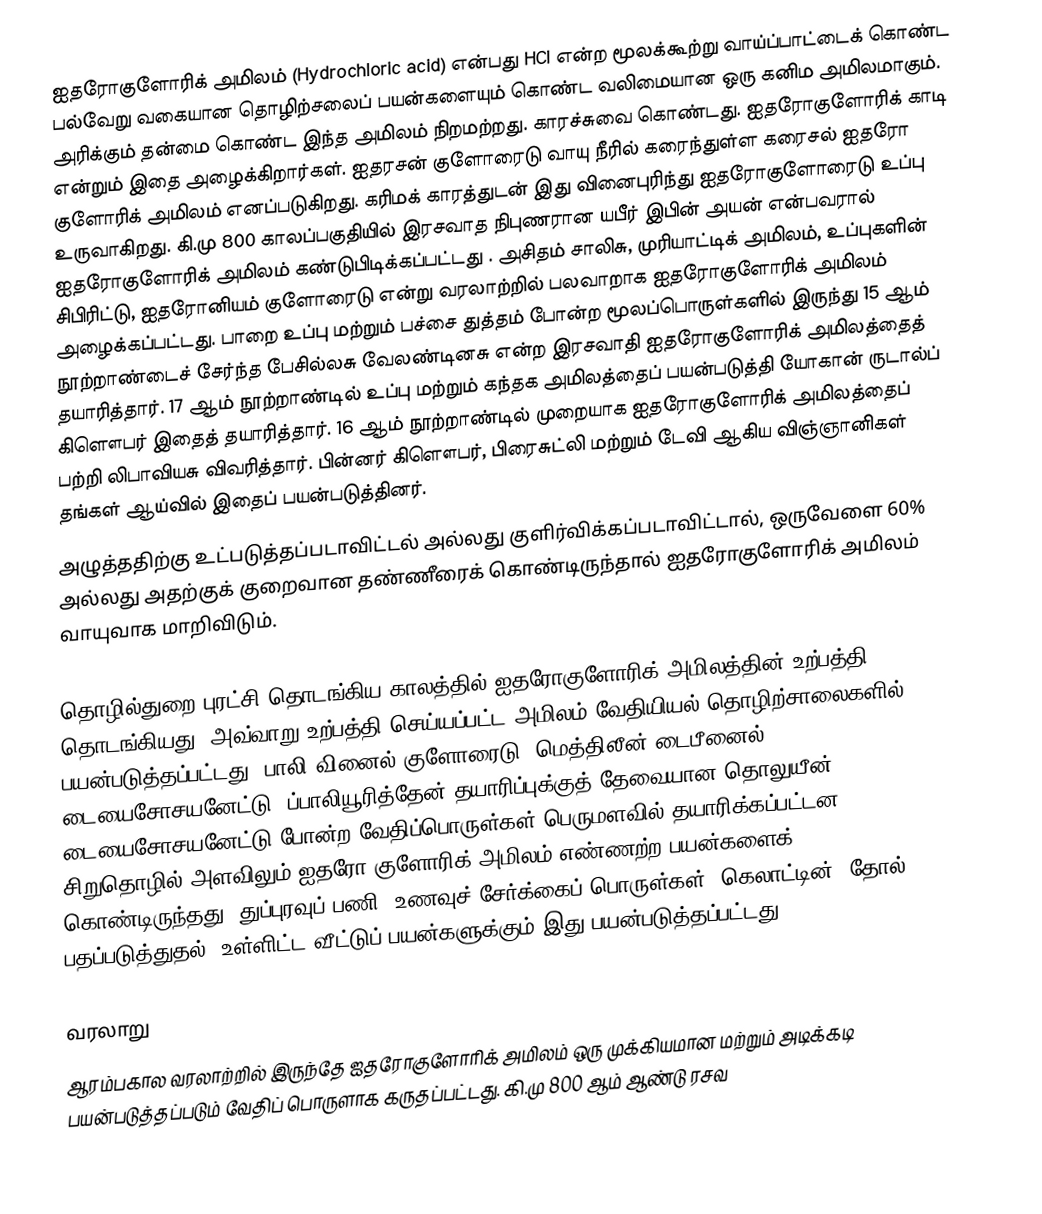
ஐதரோகுளோரிக் அமிலம் (Hydrochloric acid) என்பது HCl என்ற மூலக்கூற்று வாய்ப்பாட்டைக் கொண்ட பல்வேறு வகையான தொழிற்சலைப் பயன்களையும் கொண்ட வலிமையான ஒரு  கனிம அமிலமாகும். அரிக்கும் தன்மை கொண்ட இந்த அமிலம் நிறமற்றது. காரச்சுவை கொண்டது. ஐதரோகுளோரிக் காடி என்றும் இதை அழைக்கிறார்கள். ஐதரசன் குளோரைடு வாயு நீரில் கரைந்துள்ள கரைசல் ஐதரோ குளோரிக் அமிலம் எனப்படுகிறது. கரிமக் காரத்துடன் இது வினைபுரிந்து ஐதரோகுளோரைடு உப்பு உருவாகிறது. கி.மு 800 காலப்பகுதியில் இரசவாத நிபுணரான யபீர் இபின் அயன் என்பவரால் ஐதரோகுளோரிக் அமிலம் கண்டுபிடிக்கப்பட்டது . அசிதம் சாலிசு, முரியாட்டிக் அமிலம், உப்புகளின் சிபிரிட்டு, ஐதரோனியம் குளோரைடு என்று வரலாற்றில் பலவாறாக ஐதரோகுளோரிக் அமிலம் அழைக்கப்பட்டது. பாறை உப்பு மற்றும் பச்சை துத்தம் போன்ற மூலப்பொருள்களில் இருந்து 15 ஆம் நூற்றாண்டைச் சேர்ந்த பேசில்லசு வேலண்டினசு என்ற இரசவாதி ஐதரோகுளோரிக் அமிலத்தைத் தயாரித்தார். 17 ஆம் நூற்றாண்டில் உப்பு மற்றும் கந்தக அமிலத்தைப் பயன்படுத்தி யோகான் ருடால்ப் கிளௌபர் இதைத் தயாரித்தார். 16 ஆம் நூற்றாண்டில் முறையாக ஐதரோகுளோரிக் அமிலத்தைப் பற்றி லிபாவியசு விவரித்தார். பின்னர் கிளௌபர், பிரைசுட்லி மற்றும் டேவி ஆகிய விஞ்ஞானிகள் தங்கள் ஆய்வில் இதைப் பயன்படுத்தினர்.
அழுத்ததிற்கு உட்படுத்தப்படாவிட்டல்  அல்லது குளிர்விக்கப்படாவிட்டால், ஒருவேளை 60% அல்லது அதற்குக் குறைவான தண்ணீரைக் கொண்டிருந்தால் ஐதரோகுளோரிக் அமிலம் வாயுவாக மாறிவிடும்.

தொழில்துறை புரட்சி  தொடங்கிய காலத்தில் ஐதரோகுளோரிக் அமிலத்தின் உற்பத்தி தொடங்கியது. அவ்வாறு உற்பத்தி செய்யப்பட்ட அமிலம் வேதியியல் தொழிற்சாலைகளில் பயன்படுத்தப்பட்டது. பாலி வினைல் குளோரைடு, மெத்திலீன் டைபீனைல் டையைசோசயனேட்டு, ப்பாலியூரித்தேன் தயாரிப்புக்குத் தேவையான தொலுயீன் டையைசோசயனேட்டு போன்ற வேதிப்பொருள்கள் பெருமளவில் தயாரிக்கப்பட்டன. சிறுதொழில் அளவிலும் ஐதரோ குளோரிக் அமிலம் எண்ணற்ற பயன்களைக் கொண்டிருந்தது. துப்புரவுப் பணி, உணவுச் சேர்க்கைப் பொருள்கள், கெலாட்டின், தோல் பதப்படுத்துதல், உள்ளிட்ட வீட்டுப் பயன்களுக்கும் இது பயன்படுத்தப்பட்டது.

வரலாறு
ஆரம்பகால வரலாற்றில் இருந்தே  ஐதரோகுளோரிக்   அமிலம் ஒரு முக்கியமான மற்றும் அடிக்கடி பயன்படுத்தப்படும் வேதிப் பொருளாக கருதப்பட்டது. கி.மு 800 ஆம் ஆண்டு ரசவ